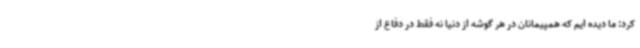
کرد: ما دیده ایم که همپیمانان در هر گوشه از دنیا نه فقط در دفاع از